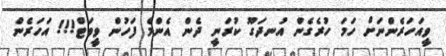
ވީއަހަރެންނަށް ހަމަ ހުރެގެން އުނދަގޫ ކުރަނީ ދެން އެންމެ ފަހުން ވީވަޓް!!! އަހަރެން